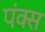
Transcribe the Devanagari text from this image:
पंक्स